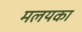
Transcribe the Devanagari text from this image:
मलयका